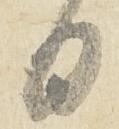
日